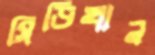
সিডিখান